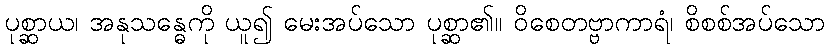
ပုစ္ဆာယ၊ အနုသန္ဓေကို ယူ၍ မေးအပ်သော ပုစ္ဆာ၏။ ဝိစေတဗ္ဗာကာရံ၊ စိစစ်အပ်သော